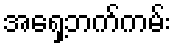
အရှေ့ဘက်ကမ်း